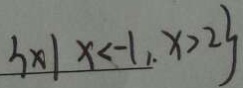
3 \times 1 x < - 1 , . x > 2 3